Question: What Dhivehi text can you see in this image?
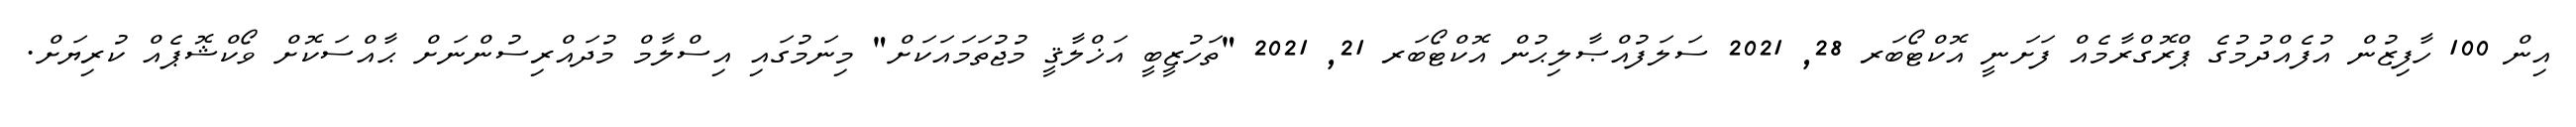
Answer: އިން 100 ހާފިޒުން އުފެއްދުމުގެ ޕްރޮގްރާމެއް ފަށަނީ އޮކްޓޯބަރ 28, 2021 ސަލަފުއްޞާލިޙުން އޮކްޓޯބަރ 21, 2021 "ތަހުޒީބީ އަޚްލާޤީ މުޖުތަމައަކަށް" މިނަމުގައި އިސްލާމް މުދައްރިސުންނަށް ޙާއްސަކޮށް ވޯކްޝޮޕެއް ކުރިޔަށް.